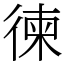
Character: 徚